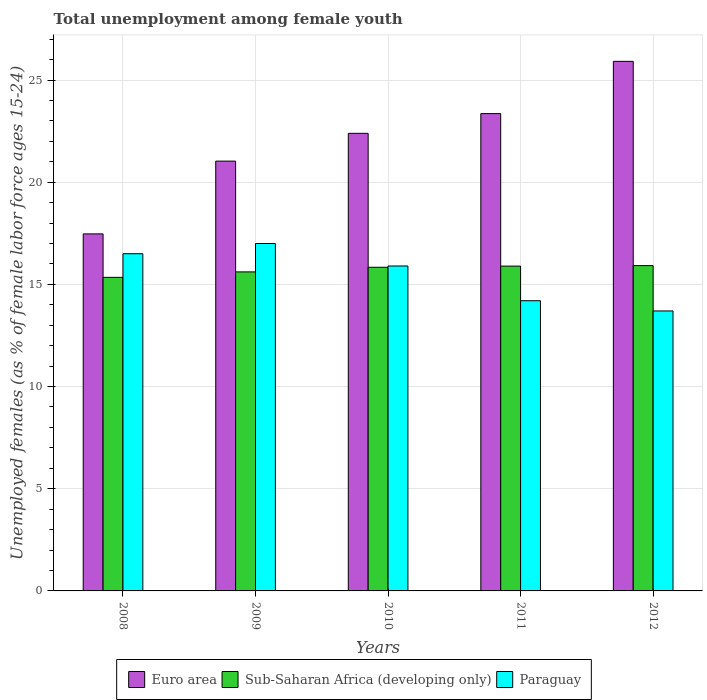
| Years | Euro area | Sub-Saharan Africa (developing only) | Paraguay |
 | --- | --- | --- | --- |
 | 2008 | 17.5 | 15.3 | 16.5 |
 | 2009 | 21 | 15.6 | 17 |
 | 2010 | 22.4 | 15.8 | 15.9 |
 | 2011 | 23.4 | 15.9 | 14.2 |
 | 2012 | 25.9 | 15.9 | 13.7 |